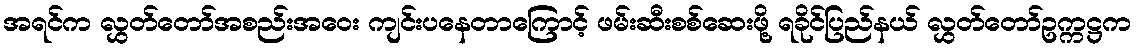
အရင်က လွှတ်တော်အစည်းအဝေး ကျင်းပနေတာကြောင့် ဖမ်းဆီးစစ်ဆေးဖို့ ရခိုင်ပြည်နယ် လွှတ်တော်ဥက္ကဋ္ဌက